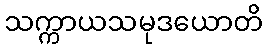
သက္ကာယသမုဒယောတိ